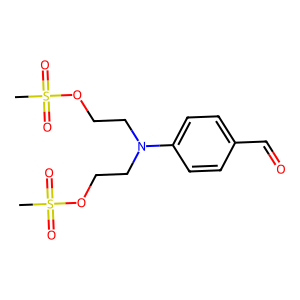
SMILES: CS(=O)(=O)OCCN(CCOS(C)(=O)=O)c1ccc(C=O)cc1
Inhibits HIV replication: No